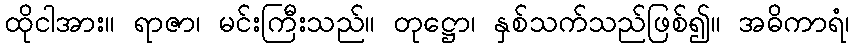
ထိုငါအား။ ရာဇာ၊ မင်းကြီးသည်။ တုဋ္ဌော၊ နှစ်သက်သည်ဖြစ်၍။ အဓိကာရံ၊